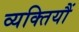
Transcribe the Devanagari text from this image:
व्यक्तियौं